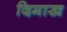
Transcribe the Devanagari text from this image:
दिमाख